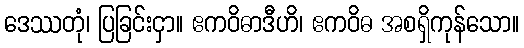
ဒေဿတုံ၊ ပြခြင်းငှာ။ ဧကဝိဓာဒီဟိ၊ ဧကဝိဓ အစရှိကုန်သော။